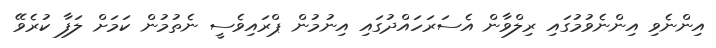
އިންނެވި އިންނެވުމުގައި ރިލްވާން އެސަރަހައްދުގައި އިނުމުން ޕްރައިވެސީ ނެތުމުން ކަމަށް ލަފާ ކުރެވޭ